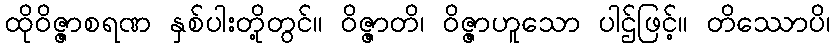
ထိုဝိဇ္ဇာစရဏ နှစ်ပါးတို့တွင်။ ဝိဇ္ဇာတိ၊ ဝိဇ္ဇာဟူသော ပါဌ်ဖြင့်။ တိဿောပိ၊